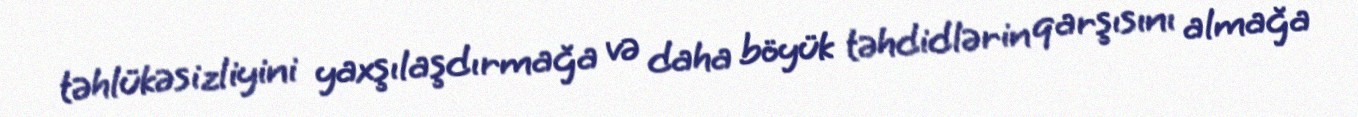
təhlükəsizliyini yaxşılaşdırmağa və daha böyük təhdidlərin qarşısını almağa